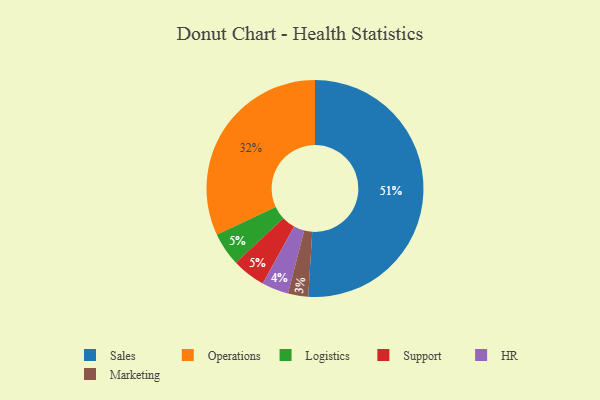
{"axis": {"x": "Category", "y": "Percentage"}, "legend": ["HR", "Logistics", "Marketing", "Operations", "Sales", "Support"], "data": [{"x": "Operations", "y": 32, "type": "Operations"}, {"x": "Logistics", "y": 5, "type": "Logistics"}, {"x": "Sales", "y": 51, "type": "Sales"}, {"x": "HR", "y": 4, "type": "HR"}, {"x": "Support", "y": 5, "type": "Support"}, {"x": "Marketing", "y": 3, "type": "Marketing"}]}